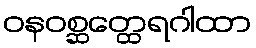
ဝနဝစ္ဆတ္ထေရဂါထာ